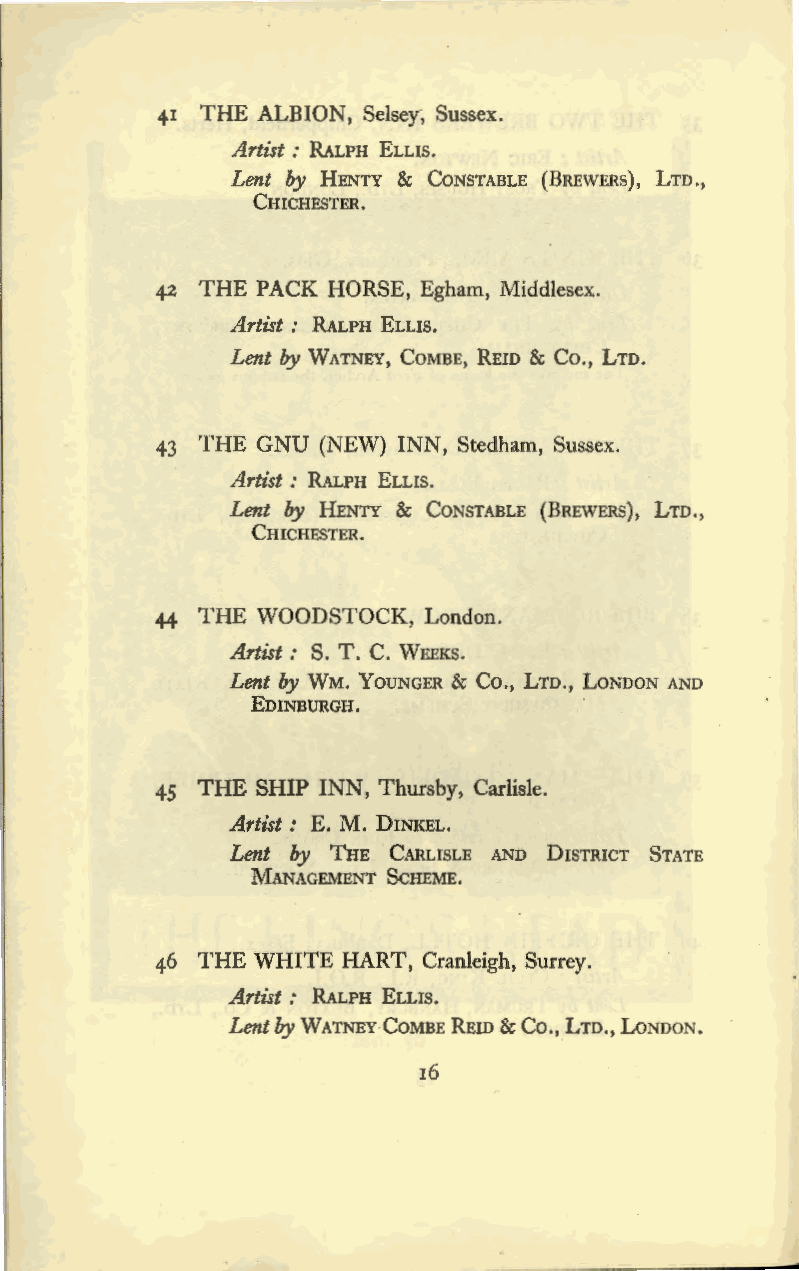
41 THE ALBION, Selsey; Sussex.
 Artist : RALPH ELLIS.
 Lent by HENTY & CONSTABLE (BREWERS), LTD.,
 CHICHESTER.
 42 THE PACK HORSE, Egham, Middlesex.
 Artist : RALPH ELLIS.
 Lent by WATNEY, COMBE, REID & Co., LTD.
 43 THE GNU (NEW) INN, Stedham, Sussex.
 Artist: RALPH ELLIS.
 Lent by HENTY & CONSTABLE (BREWERS), LTD.,
 CHICHESTER.
 44 THE WOODSTOCK, London.
 Artist: S. T. C. WEEKS.
 Lent by WM. YouNGER & Co., LTD., LONDON AND
 EDINBURGH.
 45 THE SHIP INN, Thursby, Carlisle.
 Artist: E. M. DINKEL.
 Lent by THE CARLISLE AND DISTRICT STATE
 MANAGEMENT SCHEME.
 46 THE WHITE HART, Cranleigh, Surrey.
 Artist : RALPH ELLIS.
 Lent by WATNEY·COMBE REID & Co., LTD., LONDON.
 16